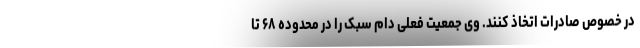
در خصوص صادرات اتخاذ کنند. وی جمعیت فعلی دام سبک را در محدوده ۶۸ تا